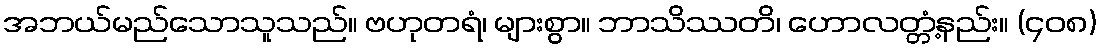
အဘယ်မည်သောသူသည်။ ဗဟုတရံ၊ များစွာ။ ဘာသိဿတိ၊ ဟောလတ္တံ့နည်း။ (၄၀၈)